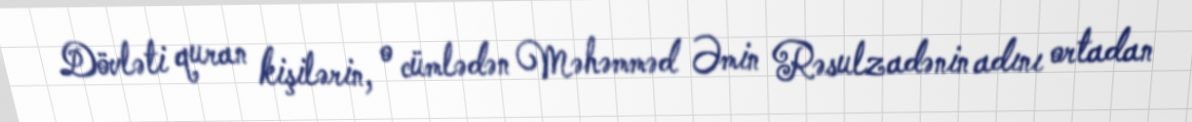
Dövləti quran kişilərin, o cümlədən Məhəmməd Əmin Rəsulzadənin adını ortadan